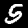
Label: 5